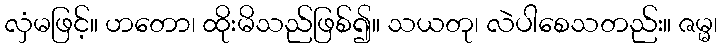
လှံမဖြင့်။ ဟတော၊ ထိုးမိသည်ဖြစ်၍။ သယတု၊ လဲပါစေသတည်း။ ဇမ္မ၊